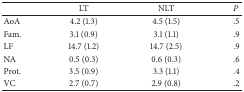
|  | LT | NLT | P |
 | --- | --- | --- | --- |
 | AoA | 4.2 (1.3) | 4.5 (1.5) | .5 |
 | Fam. | 3.1 (0.9) | 3.1 (1.1) | .9 |
 | LF | 14.7 (1.2) | 14.7 (2.5) | .9 |
 | NA | 0.5 (0.3) | 0.6 (0.3) | .6 |
 | Prot. | 3.5 (0.9) | 3.3 (1.1) | .4 |
 | VC | 2.7 (0.7) | 2.9 (0.8) | .2 |